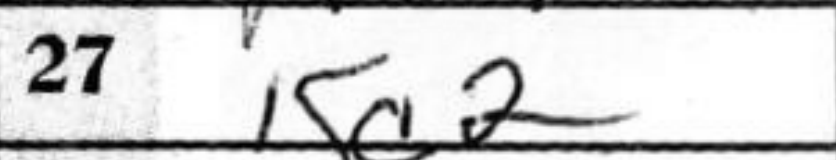
Transcription: Kc2